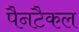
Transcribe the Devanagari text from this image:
पैनटैकल